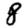
Digit: 8